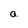
Character: a